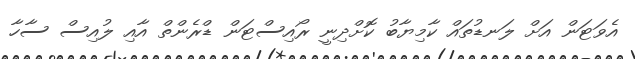
އެވަޓަން އަށް ލަނޑުތައް ކާމިޔާބު ކޮށްދިނީ ރޯއިސްޓަން ޑްރެންތް އާއި ލުއިސް ސާހާ